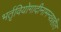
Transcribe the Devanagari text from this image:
भर्तृवियोगादीनामन्वग्रहीत